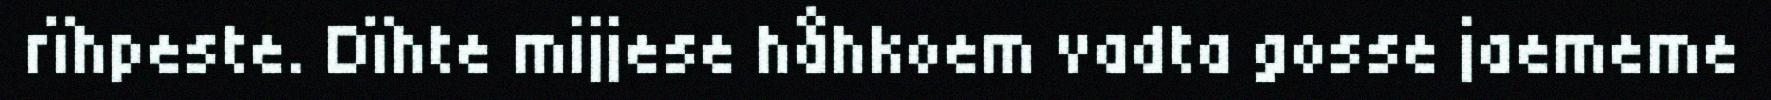
rïhpeste. Dïhte mijjese håhkoem vadta gosse jaememe